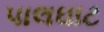
પાલઘાટ